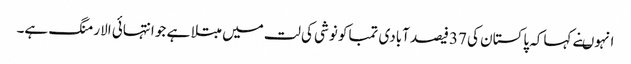
انہوںنے کہاکہ پاکستان کی 37فیصد آبادی تمباکو نوشی کی لت میں مبتلا ہے جو انتہائی الارمنگ ہے۔